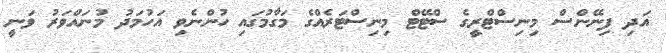
އަދި ފިނޭންސް މިނިސްޓްރީގެ ސްޓޭޓް މިނިސްޓަރެއްގެ މަގާމުގައި ހުންނެވި އަހުމަދު މުނައްވަރު ވަނީ